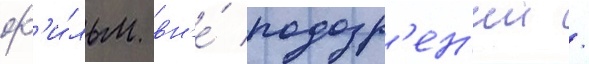
ф'и́льм вн'е́ подозр'ен'ии /